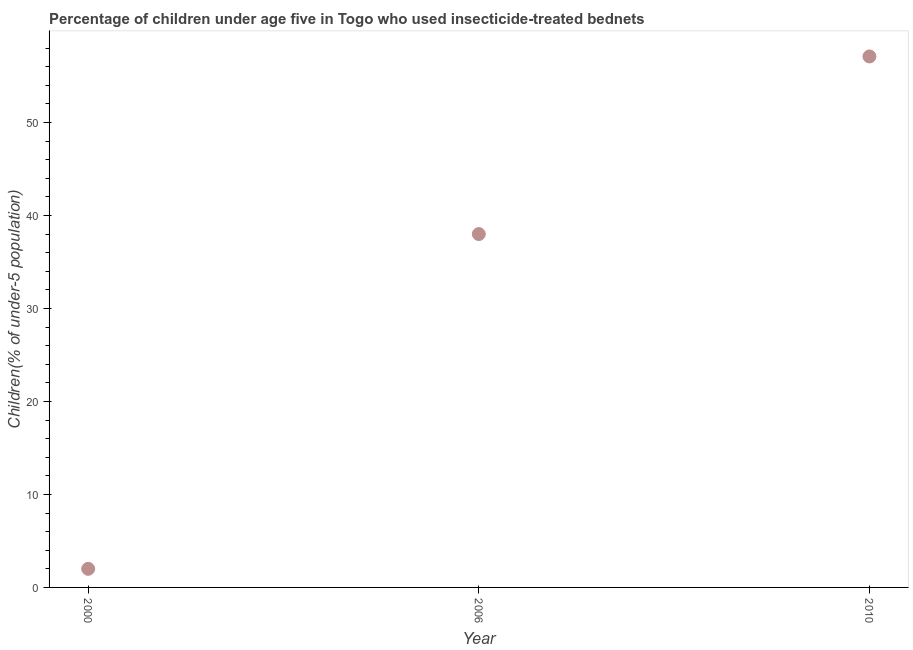
| Year | Use of insecticide-treated bed nets (% of under-5 population) |
 | --- | --- |
 | 2000 | 2 |
 | 2006 | 38 |
 | 2010 | 57.1 |